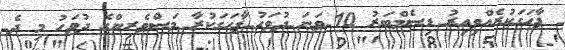
ފާހަގަކުރެއްވިއިރު ޑިސެމްބަރު 10 ވަނަ ދުވަހު ފާހަގަކުރާ މަސްވެރިންގެ ދުވަހު މި ދެ